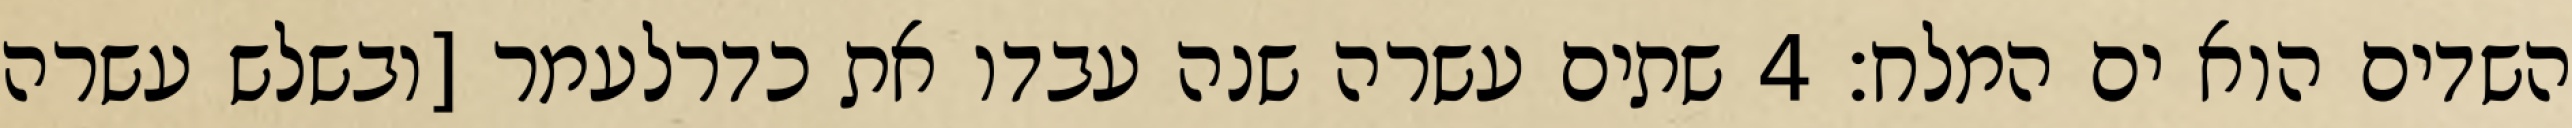
השדים הוא ים המלח׃ ‎4‏ שתים עשרה שנה עבדו את כדרלעמר [ובשלש עשרה